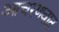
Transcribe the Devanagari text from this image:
आचरणवाद